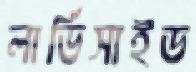
লার্ভিসাইড